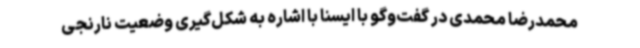
محمدرضا محمدی در گفت‌وگو با ایسنا با اشاره به شکل‌گیری وضعیت نارنجی